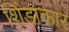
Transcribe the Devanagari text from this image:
शिंडाकार